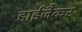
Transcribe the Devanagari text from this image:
हाईजैकर